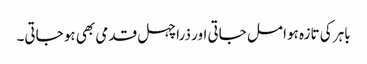
باہر کی تازہ ہوا مل جاتی اور ذرا چہل قدمی بھی ہو جاتی۔